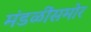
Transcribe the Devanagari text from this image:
मंडळींसमोर